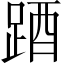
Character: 𨁪